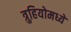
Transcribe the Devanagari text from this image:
त्रुहियोमध्ये